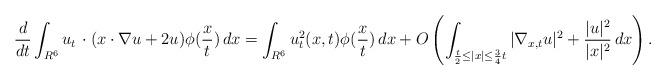
LaTeX: \begin{align*}\frac{d}{dt}\int_{R^6}u_t\,\cdot (x\cdot\nabla u+2u)\phi(\frac{x}{t})\,dx=\int_{R^6}u_t^2(x,t)\phi(\frac{x}{t})\,dx+O\left(\int_{\frac{t}{2}\leq |x|\leq \frac{3}{4}t}|\nabla_{x,t} u|^2+\frac{|u|^2}{|x|^2}\,dx\right).\end{align*}